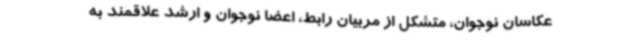
عکاسان نوجوان، متشکل از مربیان رابط، اعضا نوجوان و ارشد علاقمند به